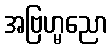
အဗြဟ္မညော